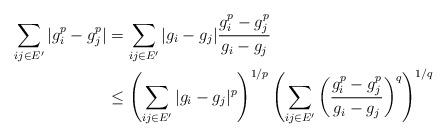
LaTeX: \begin{align*} \sum_{ij\in E^\prime}|g_i^p-g_j^p|&=\sum_{ij\in E^\prime}|g_i-g_j|\frac{g_i^p-g_j^p}{g_i-g_j}\\&\le \left(\sum_{ij\in E^\prime}|g_i-g_j|^p\right )^{1/p} \left(\sum_{ij\in E^\prime}\left(\frac{g_i^p-g_j^p}{g_i-g_j}\right)^q\right )^{1/q}\end{align*}